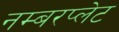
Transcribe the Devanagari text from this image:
नम्बरप्लेट